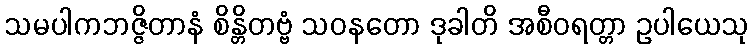
သမပါကဘဇ္ဇိတာနံ စိန္တိတဗ္ဗံ သဝနတော ဒုခါတိ အစီဝရတ္တာ ဥပါယေသု